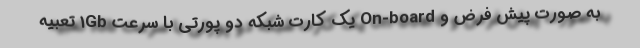
به صورت پیش فرض و On-board یک کارت شبکه دو پورتی با سرعت 1Gb تعبیه